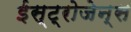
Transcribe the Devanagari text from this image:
ईस्ट्रोजेन्स